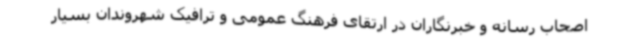
اصحاب رسانه و خبرنگاران در ارتقای فرهنگ عمومی و ترافیک شهروندان بسیار